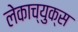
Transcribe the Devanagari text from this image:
लेकाच्युक्स